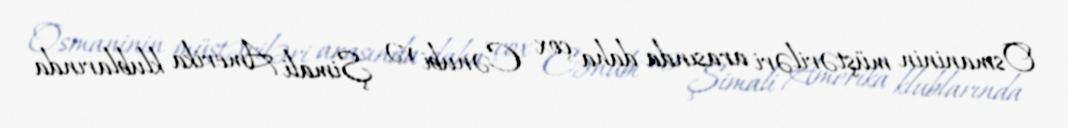
Osmaninin müştəriləri arasında daha çox Cənubi və Şimali Amerika klublarında